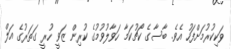
ވަކިކުރުމަށްފަހު އެވެ. ބާސާގެ ކޯޗުކަމާ ހަވާލުވުމުގެ ކުރިން ޒަވީ ހުރީ ގަތަރުގެ އަލް